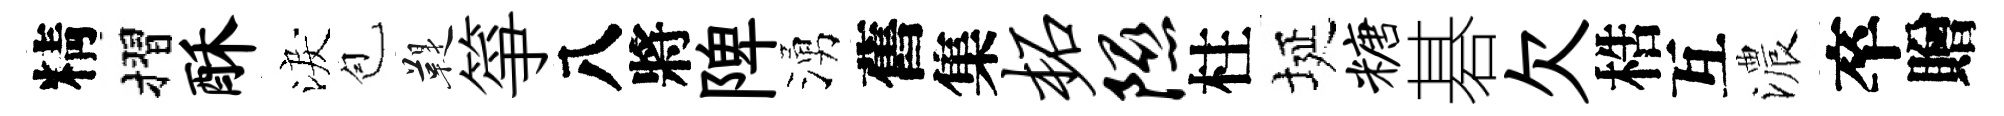
精摺酥淚苞鞮箏八將陴湧舊集柘隰柱埏糖碁欠梏互濃卒贈